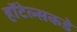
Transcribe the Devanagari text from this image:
हॉटेल्सकडे